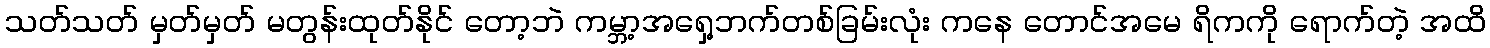
သတ်သတ် မှတ်မှတ် မတွန်းထုတ်နိုင် တော့ဘဲ ကမ္ဘာ့အရှေ့ဘက်တစ်ခြမ်းလုံး ကနေ တောင်အမေ ရိကကို ရောက်တဲ့ အထိ